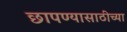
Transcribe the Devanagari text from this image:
छापण्यासाठीच्या